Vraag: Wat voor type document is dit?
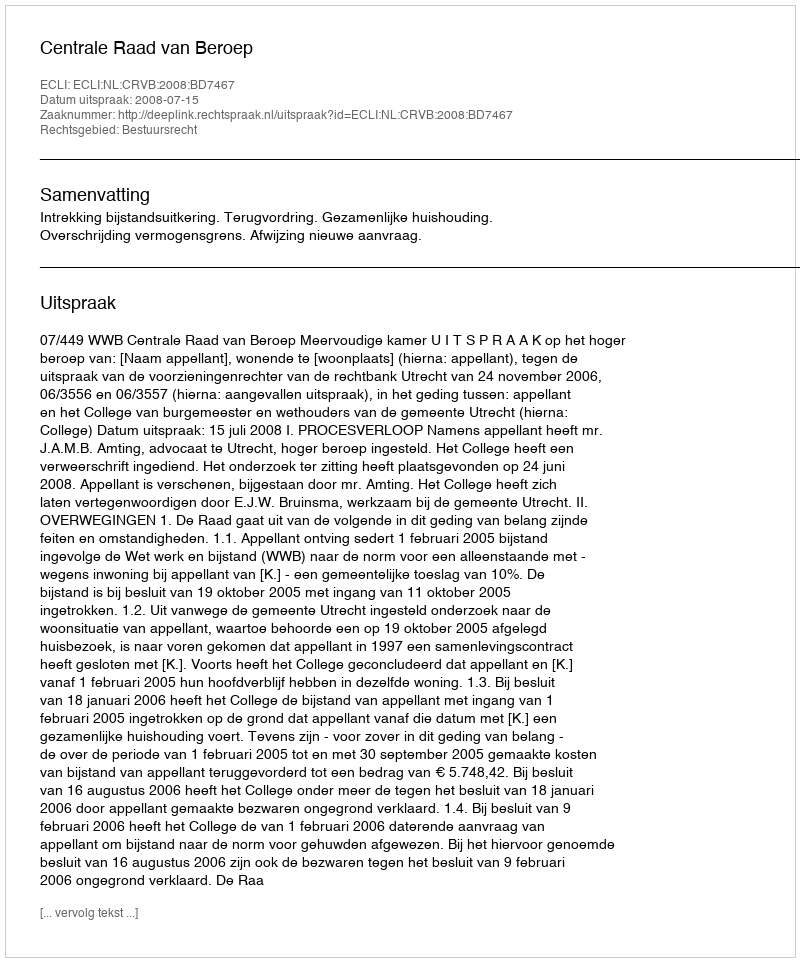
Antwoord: Uitspraak